Indian journal of veterinary science and animal husbandry - Volumes 26-27, 1956-1957
Year: 1956
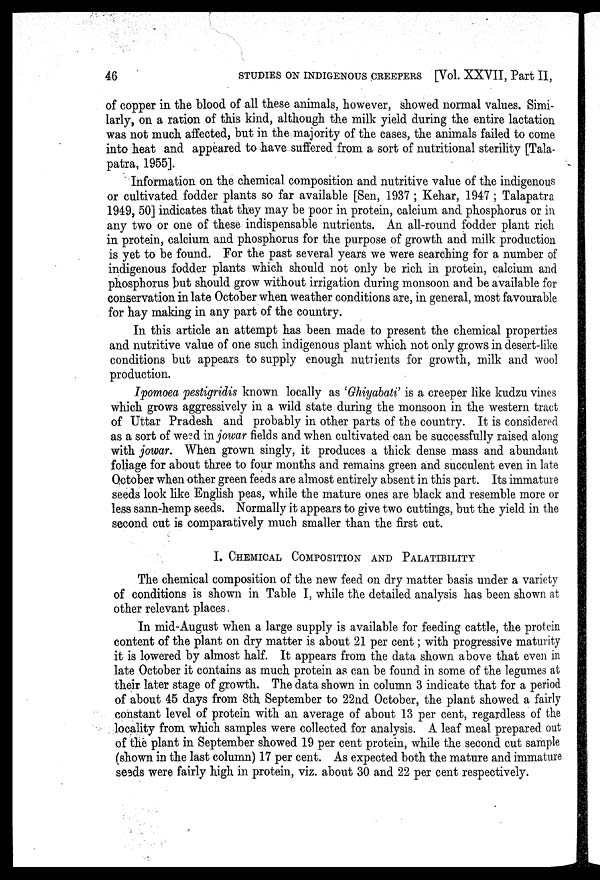
46
STUDIES ON INDIGENOUS CREEPERS [Vol. XXVII, Part II,
of copper in the blood of all these animals, however, showed normal values. Simi-
larly, on a ration of this kind, although the milk yield during the entire lactation
was not much affected, but in the majority of the cases, the animals failed to come
into heat and appeared to have suffered from a sort of nutritional sterility [Tala-
patra, 1955].
Information on the chemical composition and nutritive value of the indigenous
or cultivated fodder plants so far available [Sen, 1937 ; Kehar, 1947 ; Talapatra
1949, 50] indicates that they may be poor in protein, calcium and phosphorus or in
any two or one of these indispensable nutrients. An all-round fodder plant rich
in protein, calcium and phosphorus for the purpose of growth and milk production
is yet to be found. For the past several years we were searching for a number of
indigenous fodder plants which should not only be rich in protein, calcium and
phosphorus but should grow without irrigation during monsoon and be available for
conservation in late October when weather conditions are, in general, most favourable
for hay making in any part of the country.
In this article an attempt has been made to present the chemical properties
and nutritive value of one such indigenous plant which not only grows in desert-like
conditions but appears to supply enough nutrients for growth, milk and wool
production.
Ipomoea pestigridis known locally as 'Ghiyabati' is a creeper like kudzu vines
which grows aggressively in a wild state during the monsoon in the western tract
of Uttar Pradesh and probably in other parts of the country. It is considered
as a sort of weed in jowar fields and when cultivated can be successfully raised along
with jowar. When grown singly, it produces a thick dense mass and abundant
foliage for about three to four months and remains green and succulent even in late
October when other green feeds are almost entirely absent in this part. Its immature
seeds look like English peas, while the mature ones are black and resemble more or
less sann-hemp seeds. Normally it appears to give two cuttings, but the yield in the
second cut is comparatively much smaller than the first cut.
I. CHEMICAL COMPOSITION AND PALATIBILITY
The chemical composition of the new feed on dry matter basis under a variety
of conditions is shown in Table I, while the detailed analysis has been shown at
other relevant places.
In mid-August when a large supply is available for feeding cattle, the protein
content of the plant on dry matter is about 21 per cent; with progressive maturity
it is lowered by almost half. It appears from the data shown above that even in
late October it contains as much protein as can be found in some of the legumes at
their later stage of growth. The data shown in column 3 indicate that for a period
of about 45 days from 8th September to 22nd October, the plant showed a fairly
constant level of protein with an average of about 13 per cent, regardless of the
locality from which samples were collected for analysis. A leaf meal prepared out
of the plant in September showed 19 per cent protein, while the second cut sample
(shown in the last column) 17 per cent. As expected both the mature and immature
seeds were fairly high in protein, viz. about 30 and 22 per cent respectively.